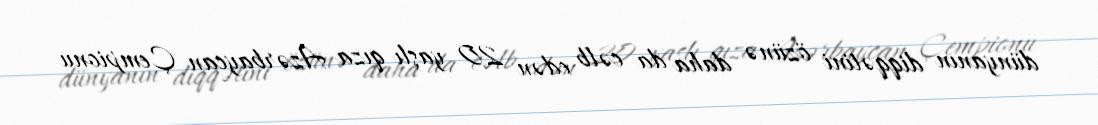
dünyanın diqqətini özünə daha da cəlb edən 20 yaşlı qıza Azərbaycan Çempionu